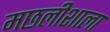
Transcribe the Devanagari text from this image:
मछलीशाला